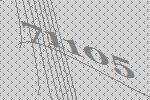
71105